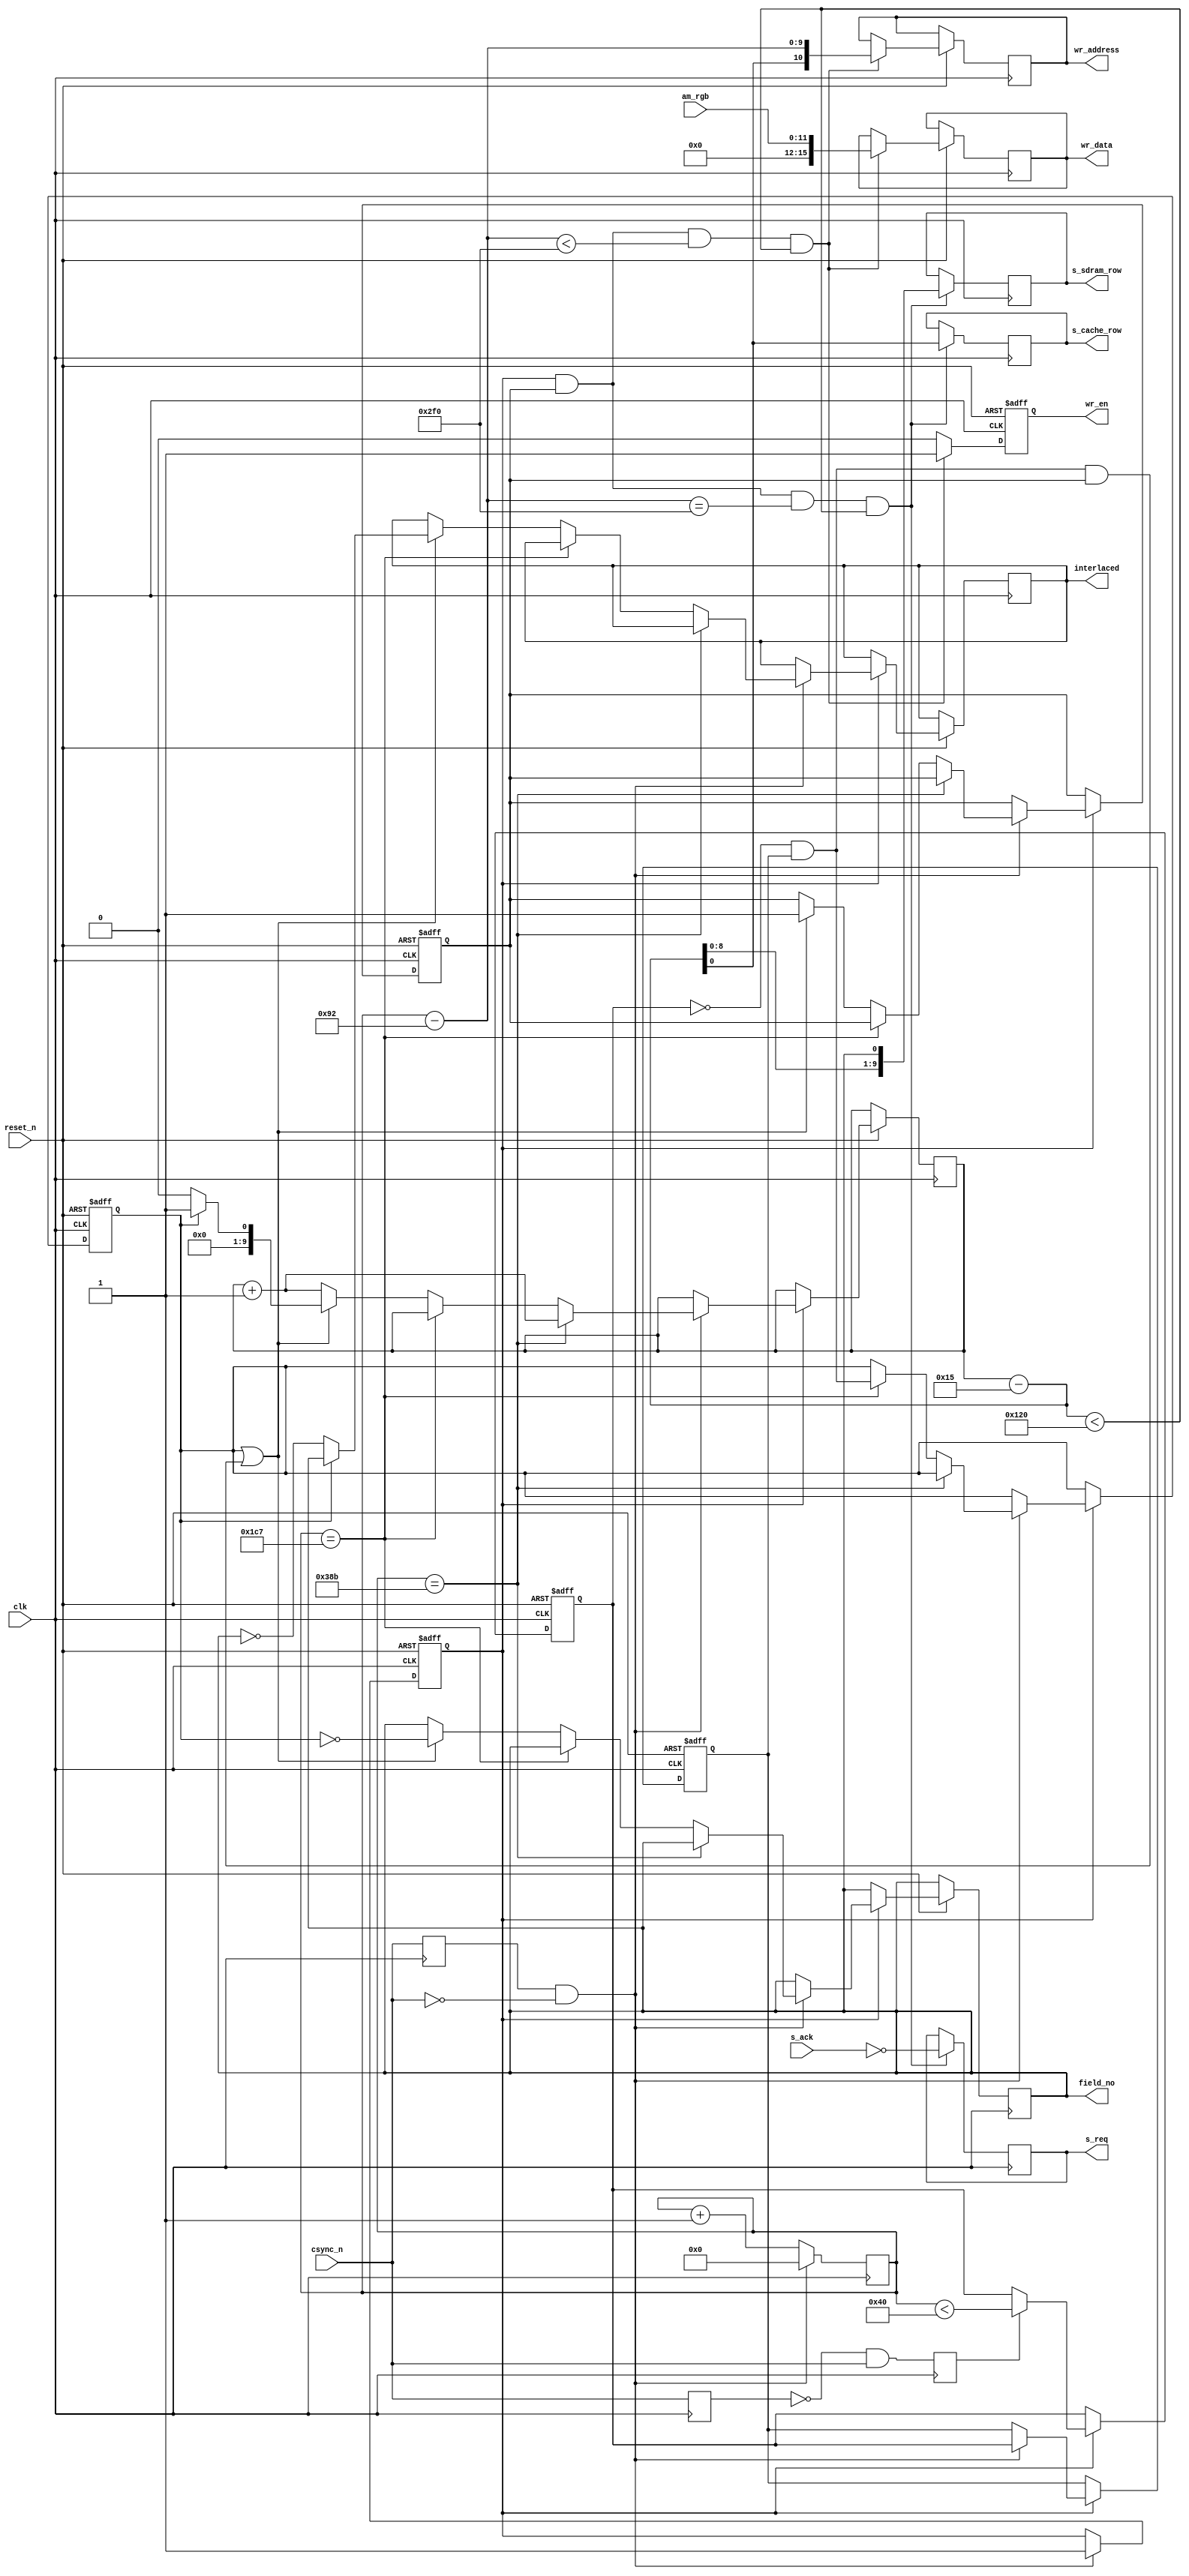
// This program was cloned from: https://github.com/niklasekstrom/flickerfixer
// License: Creative Commons Zero v1.0 Universal

/*
 * Written Christmas 2019 by Niklas Ekstrm
 */
module amiga_frame_sampler(
   input                reset_n,

   input                clk,
   input                csync_n,
   input       [11:0]   am_rgb,

   output reg  [10:0]   wr_address,
   output reg           wr_en,
   output reg  [15:0]   wr_data,

   output reg           s_req,
   input                s_ack,
   output reg           s_cache_row,
   output reg  [9:0]    s_sdram_row,

   output reg           interlaced,
   output reg           field_no
   );

   localparam FULL_ROW_LENGTH           = 10'd908;
   localparam LEFT_HALF_ROW_LENGTH      = 10'd456;
   localparam RIGHT_HALF_ROW_LENGTH     = 10'd452;

   localparam NORMAL_PULSE_LENGTH       = 10'd68;
   localparam SHORT_PULSE_LENGTH        = 10'd32;
   localparam LONG_LEFT_PULSE_LENGTH    = 10'd388;
   localparam LONG_RIGHT_PULSE_LENGTH   = 10'd384;

   localparam X_START       = 10'd147;
   localparam Y_START       = 10'd22;

   localparam BOX_WIDTH     = 10'd752;
   localparam BOX_HEIGHT    = 10'd288;

   reg prev_ne_csync_n = 1'b1;
   reg csync_rising = 1'b0;

   always @(negedge clk)
   begin
      prev_ne_csync_n <= csync_n;
      csync_rising <= !prev_ne_csync_n && csync_n;
   end

   reg prev_pe_csync_n;
   always @(posedge clk)
      prev_pe_csync_n <= csync_n;

   wire csync_falling = prev_pe_csync_n && !csync_n;

   reg x_cnt_started = 1'b0;
   reg y_cnt_started = 1'b0;

   reg [9:0] x_cnt;
   reg [9:0] y_cnt;

   always @(posedge clk or negedge reset_n)
   begin
      if (!reset_n)
         x_cnt_started <= 1'b0;
      else if (csync_falling)
         x_cnt_started <= 1'b1;
   end

   always @(posedge clk)
   begin
      if (csync_falling)
         x_cnt <= 10'd0;
      else
         x_cnt <= x_cnt + 10'd1;
   end

   reg half_row_short = 1'b0;
   reg prev_half_row_short = 1'b0;
   reg lhr_first = 1'b0;

   always @(posedge clk or negedge reset_n)
   begin
      if (!reset_n)
      begin
         y_cnt_started <= 1'b0;

         half_row_short <= 1'b0;
         prev_half_row_short <= 1'b0;

         lhr_first <= 1'b0;
      end
      else
      begin
         if (x_cnt_started)
         begin
            if (csync_falling)
            begin
               if (x_cnt == FULL_ROW_LENGTH - 10'd1)
                  y_cnt <= y_cnt + 10'd1;
               else if (x_cnt == LEFT_HALF_ROW_LENGTH - 10'd1)
                  lhr_first <= !half_row_short && prev_half_row_short;
               else // if (x_cnt == RIGHT_HALF_ROW_LENGTH - 10'd1)
               begin
                  if (lhr_first || (!half_row_short && prev_half_row_short && y_cnt_started))
                  begin
                     if (lhr_first)
                     begin
                        y_cnt <= 10'd1;
                        interlaced <= field_no == 1'b1;
                     end
                     else
                     begin
                        y_cnt <= 10'd0;
                        interlaced <= field_no == 1'b0;
                     end

                     field_no <= !lhr_first;

                     y_cnt_started <= 1'b1;
                  end
                  else
                     y_cnt <= y_cnt + 10'd1;
               end

               prev_half_row_short <= half_row_short;
            end

            if (csync_rising)
               half_row_short <= (x_cnt < 10'd64);
         end
      end
   end

   wire [9:0] y_pos = y_cnt - (Y_START - 10'd1);
   wire [9:0] x_pos = x_cnt - (X_START - 10'd1);

   always @(posedge clk or negedge reset_n)
   begin
      if (!reset_n)
         wr_en <= 1'b0;
      else
      begin
         if (x_cnt_started && y_cnt_started && x_pos < BOX_WIDTH && y_pos < BOX_HEIGHT)
         begin
            wr_address <= {y_pos[0], x_pos};
            wr_en <= 1'b1;
            wr_data <= {4'd0, am_rgb};
         end
         else
            wr_en <= 1'b0;
      end
   end

   always @(posedge clk)
   begin
      if (x_cnt_started && y_cnt_started && x_pos == BOX_WIDTH && y_pos < BOX_HEIGHT)
      begin
         s_req <= !s_ack;
         s_cache_row <= y_pos[0];
         s_sdram_row <= {y_pos[8:0], field_no};
      end
   end

endmodule